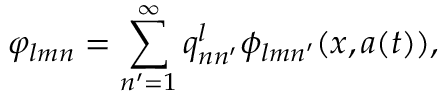
\varphi _ { l m n } = \sum _ { n ^ { \prime } = 1 } ^ { \infty } q _ { n n ^ { \prime } } ^ { l } \phi _ { l m n ^ { \prime } } ( x , a ( t ) ) ,